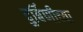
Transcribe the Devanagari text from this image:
दुर्बिणीच्‍या